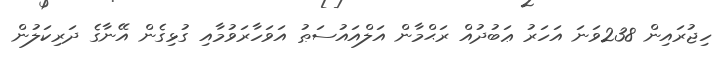
ހިޖުރައިން 238ވަނަ އަހަރު ޢަބުދުއް ރަޙްމާން އަލްއައުސަޠު އަވަހާރަވުމާއި ގުޅިގެން އޭނާގެ ދަރިކަލުން